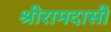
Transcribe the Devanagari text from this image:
श्रीरामदासी